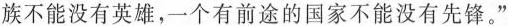
族不能没有英雄，一个有前途的国家不能没有先锋。”